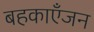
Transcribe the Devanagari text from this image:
बहकाएँजन